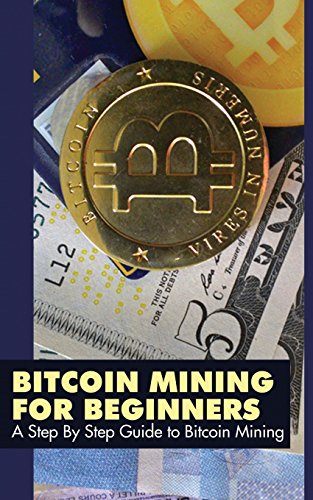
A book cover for Bitcoin Mining for Beginners: A Step By Step Guide to Bitcoin Mining; Bitcoin Mining Experts; Computers & Technology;